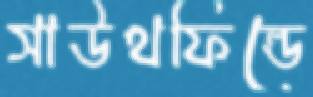
সাউথফিল্ডে